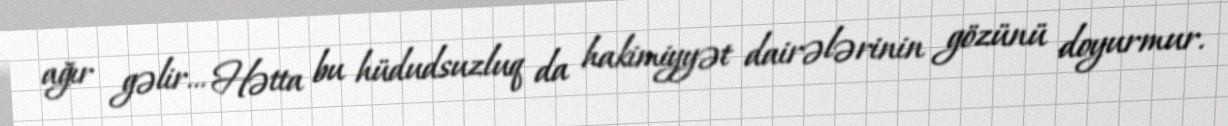
ağır gəlir... Hətta bu hüdudsuzluq da hakimiyyət dairələrinin gözünü doyurmur.